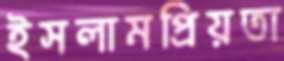
ইসলামপ্রিয়তা